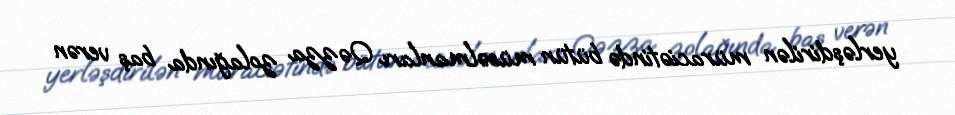
yerləşdirilən müraciətində bütün müsəlmanları Qəzza zolağında baş verən